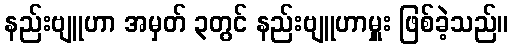
နည်းဗျူဟာ အမှတ် ၃တွင် နည်းဗျူဟာမှူး ဖြစ်ခဲ့သည်။